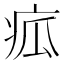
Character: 㽿